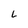
Character: L